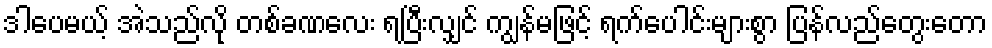
ဒါပေမယ့် အဲသည်လို တစ်ခဏလေး ရပြီးလျှင် ကျွန်မဖြင့် ရက်ပေါင်းများစွာ ပြန်လည်တွေးတော